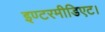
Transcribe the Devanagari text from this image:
इण्टरमीडिएट।